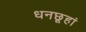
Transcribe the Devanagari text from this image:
धनछूहां